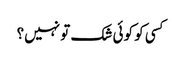
کسی کو کوئی شک تو نہیں؟